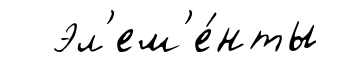
эл'ем'е́нты